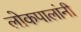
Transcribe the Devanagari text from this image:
लोकपालांनी